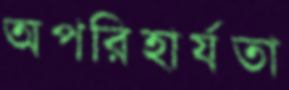
অপরিহার্যতা